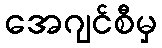
အေဂျင်စီမှ